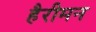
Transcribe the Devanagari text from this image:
हैरीमन